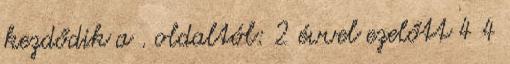
kezdődik a . oldaltól: 2 évvel ezelőtt 4 4